Burma Government Medical School reports 1923-41
Year: 1923
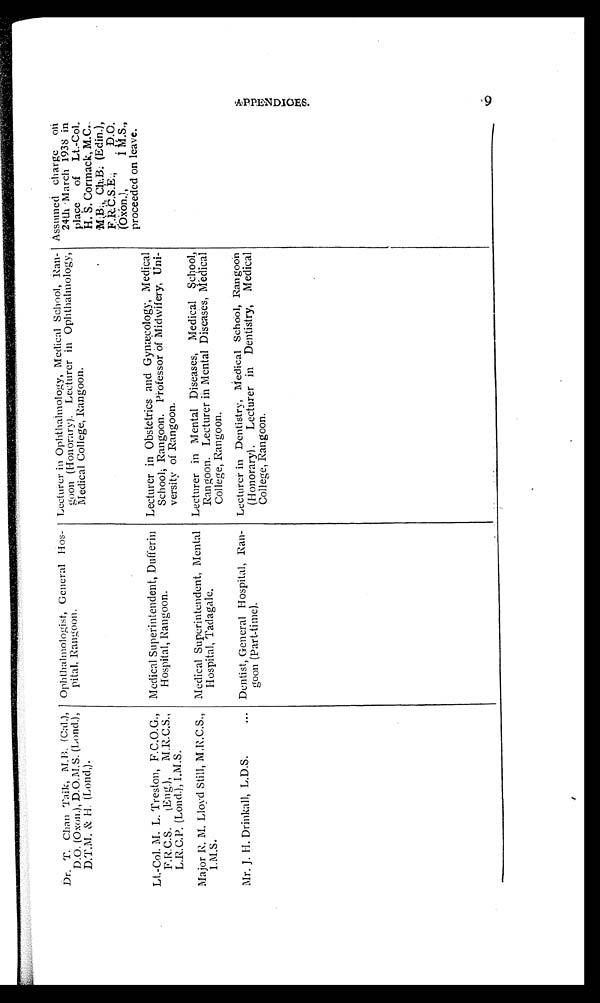
Dr. T. Chan Taik, M.B. (Cal.),
D.O. (Oxon.), D.O.M.S. (Lond.),
D.T.M. & H. (Lond,).
Ophthalmologist, General Hos-
pital, Rangoon.
Lecturer in Ophthalmology, Medical School, Ran-
goon (Honorary). Lecturer in Ophthalmology,
Medical College, Rangoon.
Assumed charge on
24th March 1938 in
place of Lt.-Col.
H. S. Cormack, M.C.
M.B., Ch.B. (Edin.),
F.R.C.S.E., D.O.
(OXON.), I M.S.,
proceeded on leave.
Lt.-Col. M. L. Treston, F.C.O.G.,
F.R.C.S. ( Eng.), M.R.C.S.,
L.R.C.P. (Lond.), I.M.S.
Medical Superintendent, Dufferin
Hospital, Rangoon.
Lecturer in Obstetrics and Gynæcology, Medical
School; Rangoon. Professor of Midwifery, Uni-
versity of Rangoon.
Major R. M. Lloyd Still, M,R.C.S.,
I.M.S.
Medical Superintendent, Mental
Hospital, Tadagale.
Lecturer in Mental Diseases, Medical School,
Rangoon. Lecturer in Mental Diseases, Medical
College, Rangoon.
Mr. J. H. Drinkall, L.D.S.
Dentist, General Hospital, Ran-
goon (Part-time).
Lecturer in Dentistry, Medical School, Rangoon
(Honorary). Lecturer in Dentistry, Medical
College, Rangoon.
A P P E N D I C E S .
19